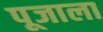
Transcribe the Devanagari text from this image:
पूजाला